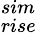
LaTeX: _{rise}^{sim}